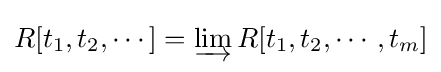
R[t_{1},t_{2},\cdots ]=\varinjlim R[t_{1},t_{2},\cdots ,t_{m}]